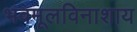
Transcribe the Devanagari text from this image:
भवमूलविनाशाय